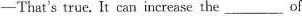
—That's true, It can increase the___of